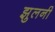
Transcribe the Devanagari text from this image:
झुलनी